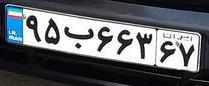
۹۵ب۶۶۳۶۷